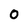
Character: 0